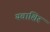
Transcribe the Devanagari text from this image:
यवाशिरं